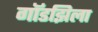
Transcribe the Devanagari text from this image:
गॉडझिला